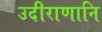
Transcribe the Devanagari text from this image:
उदीराणानि